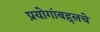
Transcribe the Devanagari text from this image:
प्रयोगांबद्दलचे